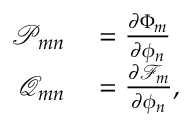
\begin{array} { r l } { \mathcal { P } _ { m n } } & { { } = \frac { \partial \Phi _ { m } } { \partial \phi _ { n } } } \\ { \mathcal { Q } _ { m n } } & { { } = \frac { \partial \mathcal { F } _ { m } } { \partial \phi _ { n } } , } \end{array}